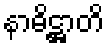
နာဓိဋ္ဌာတိ